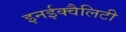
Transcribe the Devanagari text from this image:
इनईक्वैलिटी